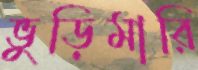
ভুড়িমারি